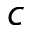
c